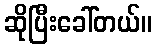
ဆိုပြီးခေါ်တယ်။